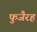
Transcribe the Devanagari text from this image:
फुजैरह